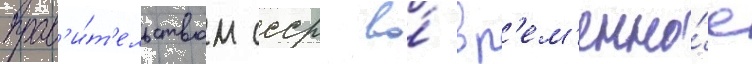
прав'и́т'ельством ссср во́ вр'ем'енно́е